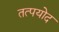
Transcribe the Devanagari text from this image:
तत्पयोद